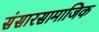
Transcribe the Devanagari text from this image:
संसारसामाजिक